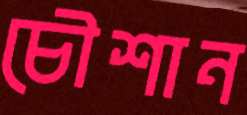
চৌশান